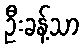
ဦးခန့်သာ